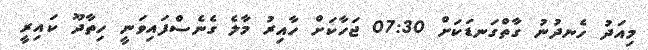
މިއަދު ހެނދުނު ގާތްގަނޑަކަށް 07:30 ޖަހާކަށް ހާއިރު މާލެ ގެނެސްފައިވަނީ ހިތާދޫ ކައިރީ